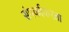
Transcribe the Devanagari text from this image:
संपर्काकरता